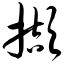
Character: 撷